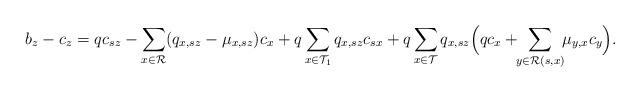
LaTeX: \begin{align*}b_z-c_z=qc_{sz}-\sum_{x\in\mathcal{R}}(q_{x,sz}-\mu_{x,sz})c_x+q\sum_{x\in\mathcal{T}_1}q_{x,sz}c_{sx}+q\sum_{x\in\mathcal{T}}q_{x,sz}\Bigl(qc_x+\!\!\sum_{y\in\mathcal{R}(s,x)}\!\!\mu_{y,x}c_y\Bigr).\end{align*}